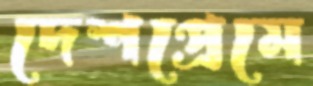
দেশপ্রেমে